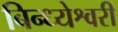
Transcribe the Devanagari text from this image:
बिन्ध्येश्वरी